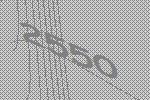
2550